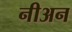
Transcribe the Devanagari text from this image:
नीअन